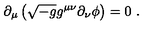
\partial _ { \mu } \left( \sqrt { - g } g ^ { \mu \nu } \partial _ { \nu } \phi \right) = 0 \ .